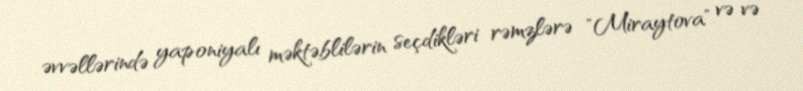
əvvəllərində yaponiyalı məktəblilərin seçdikləri rəmzlərə "Miraytova" və və